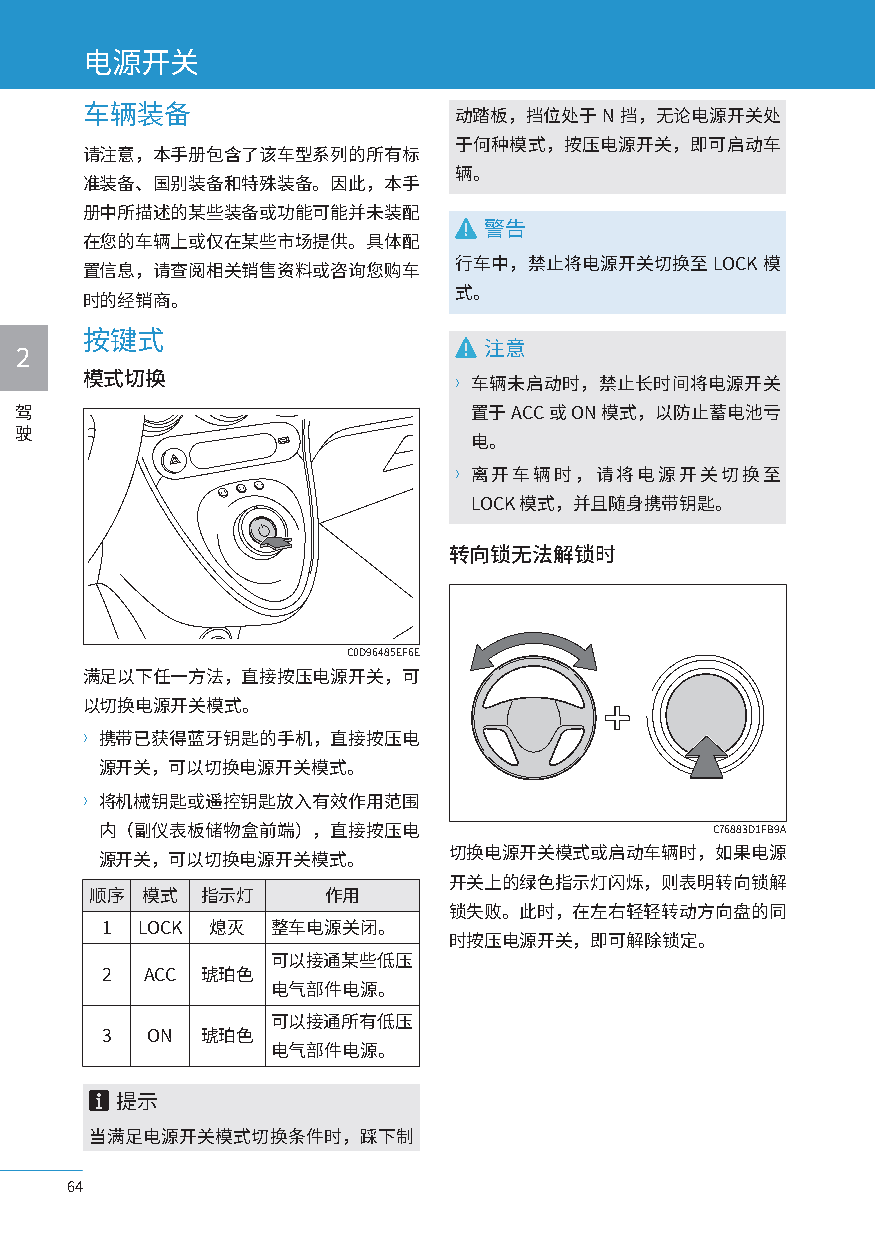
电源开关
 车辆装备                     动踏板，挡位处于N挡，无论电源开关处
 于何种模式，按压电源开关，即可启动车
 请注意，本手册包含了该车型系列的所有标
 辆。
 准装备、国别装备和特殊装备。因此，本手
 册中所描述的某些装备或功能可能并未装配
 警告
 在您的车辆上或仅在某些市场提供。具体配
 行车中，禁止将电源开关切换至LOCK模
 置信息，请查阅相关销售资料或咨询您购车
 式。
 时的经销商。
 按键式
 注意
 2
 模式切换                     〉车辆未启动时，禁止长时间将电源开关
 驾                             置于ACC或ON模式，以防止蓄电池亏
 驶
 电。
 〉离开车辆时，请将电源开关切换至
 LOCK模式，并且随身携带钥匙。
 转向锁无法解锁时
 C0D96485EF6E
 满足以下任一方法，直接按压电源开关，可
 以切换电源开关模式。
 〉携带已获得蓝牙钥匙的手机，直接按压电
 源开关，可以切换电源开关模式。
 〉将机械钥匙或遥控钥匙放入有效作用范围
 内（副仪表板储物盒前端），直接按压电                       C76883D1FB9A
 切换电源开关模式或启动车辆时，如果电源
 源开关，可以切换电源开关模式。
 开关上的绿色指示灯闪烁，则表明转向锁解
 顺序 模式  指示灯     作用
 锁失败。此时，在左右轻轻转动方向盘的同
 1 LOCK 熄灭  整车电源关闭。
 时按压电源开关，即可解除锁定。
 可以接通某些低压
 2 ACC 琥珀色
 电气部件电源。
 可以接通所有低压
 3  ON 琥珀色
 电气部件电源。
 提示
 当满足电源开关模式切换条件时，踩下制
 64